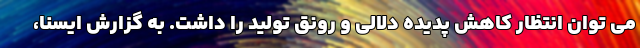
می توان انتظار کاهش پدیده دلالی و رونق تولید را داشت. به گزارش ایسنا،